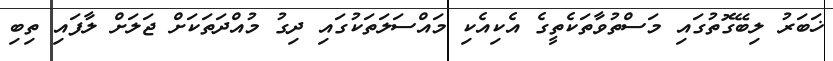
ޚަބަރު ލިބޭގޮތުގައި މަސްތުވާތަކެތީގެ އެކިއެކި މައްސަލަތަކުގައި ދިގު މުއްދަތަކަށް ޖަލަށް ލާފައި ތިބި